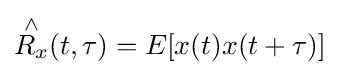
{\overset {\land }{R_{x}}}(t,\tau )=E[x(t)x(t+\tau )]